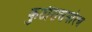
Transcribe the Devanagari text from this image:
कुटीरासमोरच